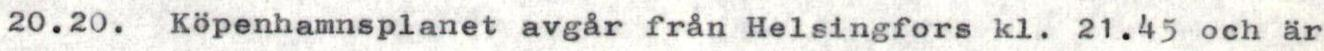
20.20. Köpenhamnsplanet avgår från Helsingfors kl. 21.45 och är